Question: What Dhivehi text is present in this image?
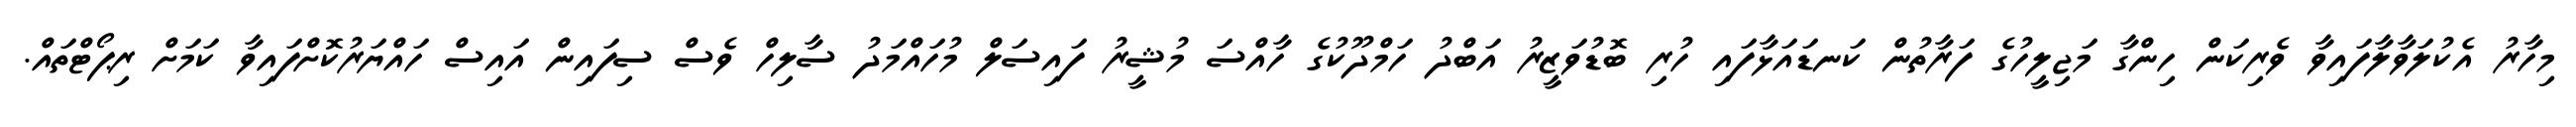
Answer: މިހާރު އެކުލަވާލާފައިވާ ވެރިކަން ހިންގާ މަޖިލީހުގެ ފަރާތުން ކަނޑައަޅާފައި ހުރި ބޮޑުވަޒީރު އަބްދު ހަމްދޫކުގެ ހާއްސަ މުޝީރު ފައިސަލް މުހައްމަދު ސާލިހް ވެސް ސިފައިން އައިސް ހައްޔަރުކޮށްފައިވާ ކަމަށް ރިޕޯޓްތައް.